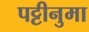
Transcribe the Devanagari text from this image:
पट्टीनुमा